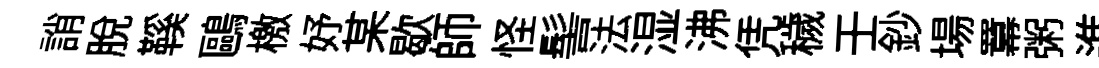
誚脫鞵鷗檄妤某歇師怪髻法湿沸凭穢壬鈔場羃粥進